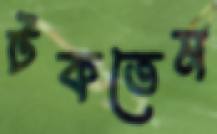
টকতেম